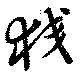
狡